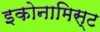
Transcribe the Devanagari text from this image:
इकोनामिस्ट